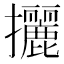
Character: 攦